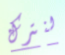
لنترك